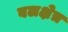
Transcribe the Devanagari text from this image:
बलक्षेत्र